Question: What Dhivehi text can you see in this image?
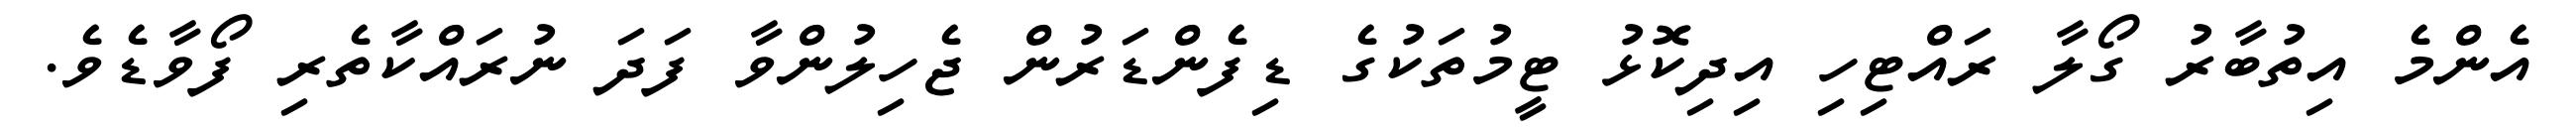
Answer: އެންމެ އިތުބާރު ގޯލާ ރައްޓިހި އިދިކޮޅު ޓީމުތަކުގެ ޑިފެންޑަރުން ޖެހިލުންވާ ފަދަ ނުރައްކާތެރި ފޯވާޑެވެ.